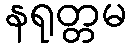
နရုတ္တမ